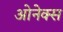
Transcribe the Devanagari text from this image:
ओनेक्स